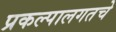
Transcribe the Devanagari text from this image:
प्रकल्पालगतचे